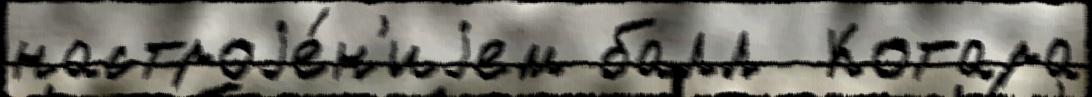
настроjе́н'иjем балл  Котара